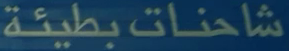
شاحنات-بطيئة